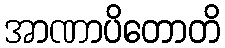
အာဏာပိတောတိ